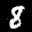
Label: 8